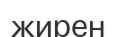
жирен